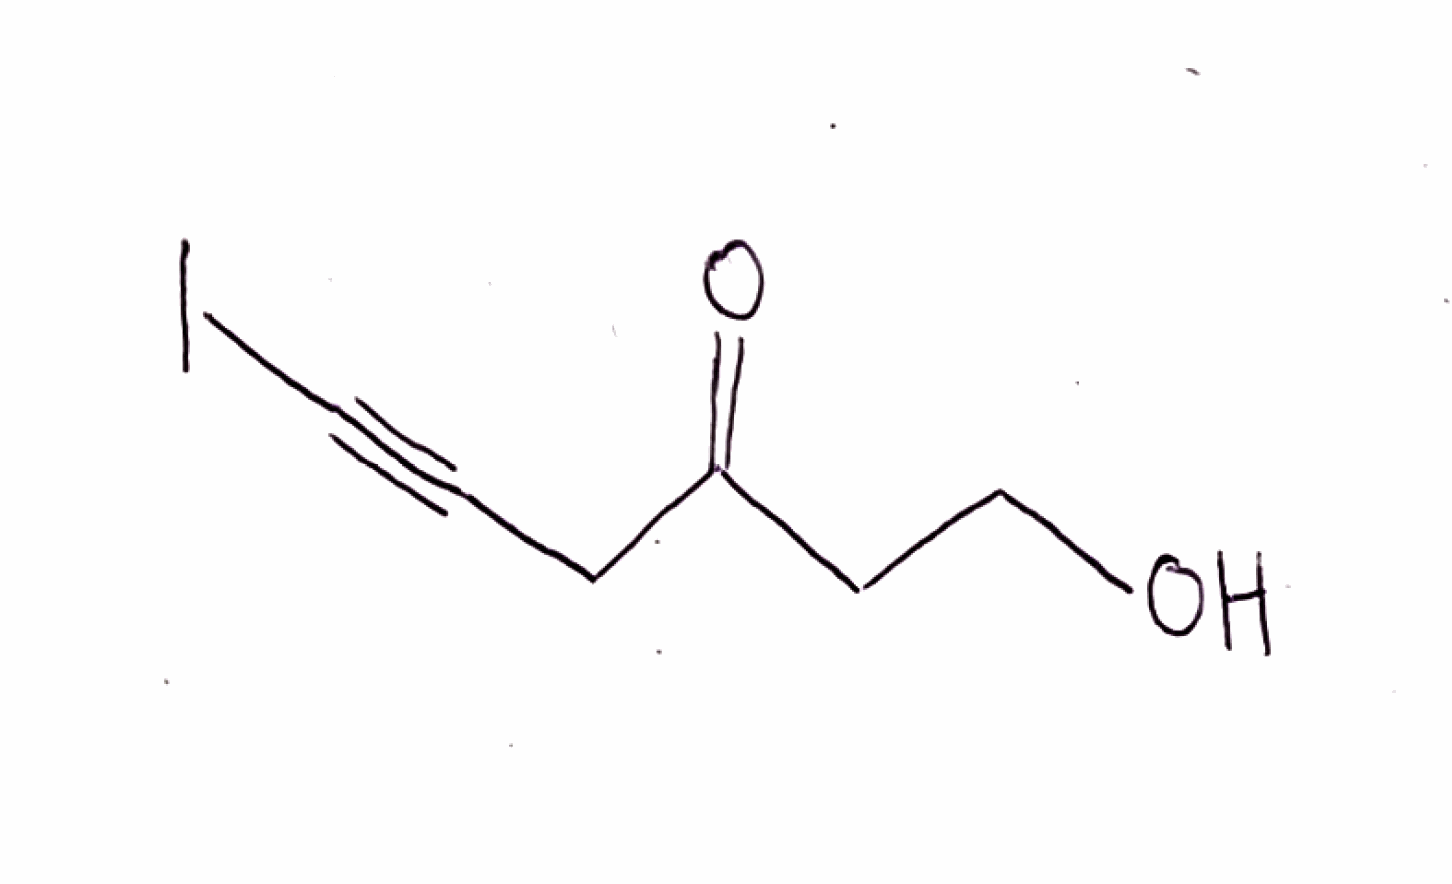
Simplified molecular-input line-entry system (SMILES) notation of the given molecule:
C(CO)C(=O)CC#CI